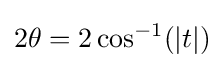
2\theta =2\cos ^{-1}(|t|)